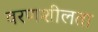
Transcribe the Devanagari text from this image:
वरणशीलता